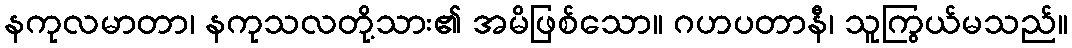
နကုလမာတာ၊ နကုသလတို့သား၏ အမိဖြစ်သော။ ဂဟပတာနီ၊ သူကြွယ်မသည်။